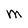
Character: M